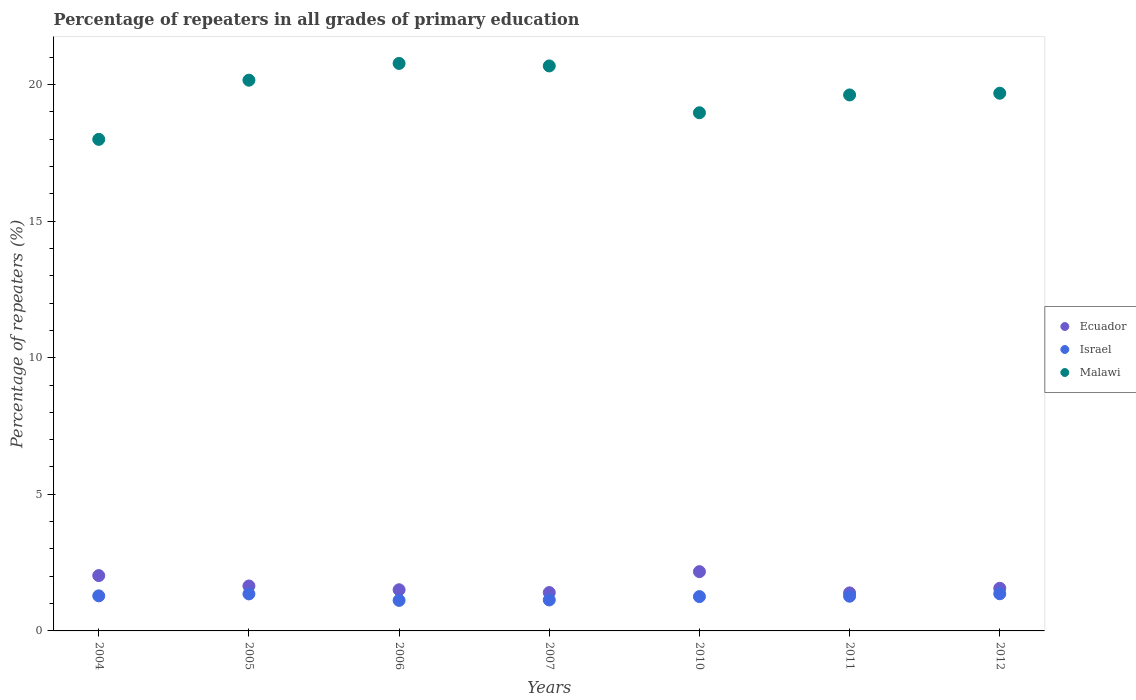
| Years | Ecuador | Israel | Malawi |
 | --- | --- | --- | --- |
 | 2004 | 2.03 | 1.28 | 18 |
 | 2005 | 1.64 | 1.35 | 20.2 |
 | 2006 | 1.51 | 1.12 | 20.8 |
 | 2007 | 1.4 | 1.13 | 20.7 |
 | 2010 | 2.17 | 1.26 | 19 |
 | 2011 | 1.39 | 1.27 | 19.6 |
 | 2012 | 1.56 | 1.36 | 19.7 |